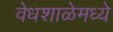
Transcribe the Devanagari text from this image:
वेधशाळेमध्ये